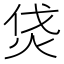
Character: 𤇰